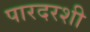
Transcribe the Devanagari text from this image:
पारदरशी